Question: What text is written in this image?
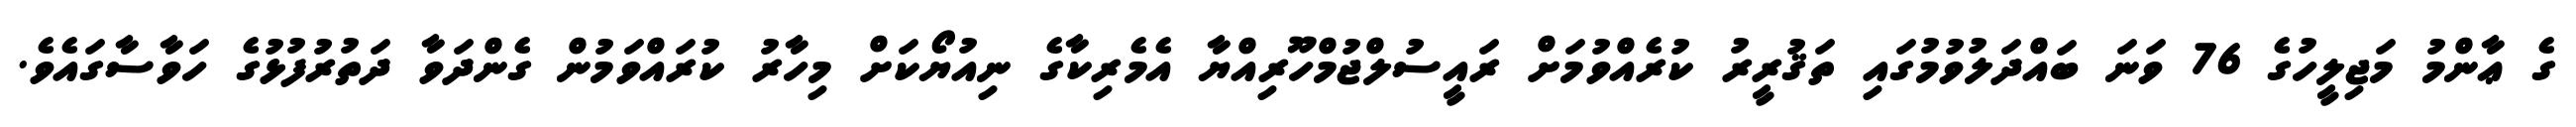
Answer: ގެ ޢާންމު މަޖިލީހުގެ 76 ވަނަ ބައްދަލުވުމުގައި ތަޤުރީރު ކުރެއްވުމަށް ރައީސުލްޖުމްހޫރިއްޔާ އެމެރިކާގެ ނިއުޔޯކަށް މިހާރު ކުރައްވަމުން ގެންދަވާ ދަތުރުފުޅުގެ ހަވާސާގައެވެ.